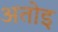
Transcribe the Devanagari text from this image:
अतोइ